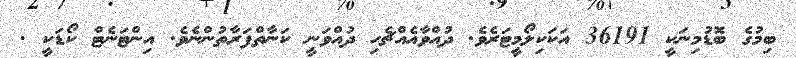
ބިމުގެ ބޮޑުމިނަކީ 36191 އަކަކިލޯމީޓަރެވެ. ދުއްވާއެއްޗެހި ދުއްވަނީ ކަނާތްފަރާތުންނެވެ. އިންޓަނެޓް ކޯޑަކީ .